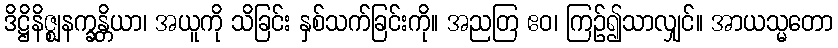
ဒိဋ္ဌိနိဇ္ဈနက္ခန္တိယာ၊ အယူကို သိခြင်း နှစ်သက်ခြင်းကို။ အညတြ ဧဝ၊ ကြဉ်၍သာလျှင်။ အာယသ္မတော